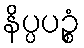
နိပ္ပပဉ္စံ